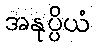
အနုပ္ပိယံ